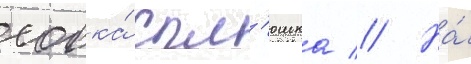
совка́ спл'юшка // На́